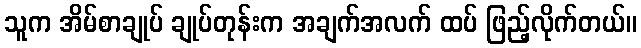
သူက အိမ်စာချုပ် ချုပ်တုန်းက အချက်အလက် ထပ် ဖြည့်လိုက်တယ်။